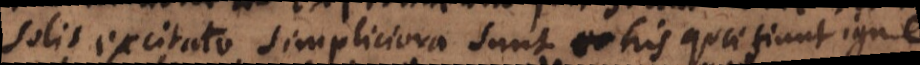
solis excitato simpliciora sunt his quae fiunt igne